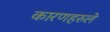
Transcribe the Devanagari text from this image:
कारणहरुले